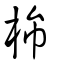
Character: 㰘